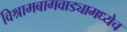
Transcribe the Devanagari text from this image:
विश्रामबागवाड्यामध्येच